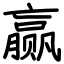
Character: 赢